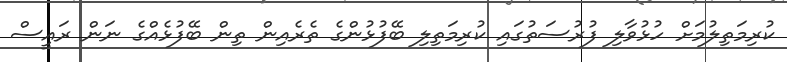
ކުރިމަތިލުމަށް ހުޅުވާލި ފުރުސަތުގައި ކުރިމަތިލި ބޭފުޅުންގެ ތެރެއިން ތިން ބޭފުޅެއްގެ ނަން ރައީސް